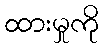
ထားမှုကို